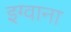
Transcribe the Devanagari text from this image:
इग्वाना